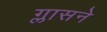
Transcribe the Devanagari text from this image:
ग्लासने